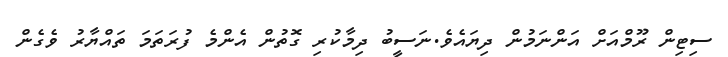
ސިޓިން ރޫމްއަށް އަންނަމުން ދިޔައެވެ.ނަސީބު ދިމާކުރި ގޮތުން އެންމެ ފުރަތަމަ ތައްޔާރު ވެގެން